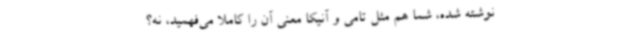
نوشته شده، شما هم مثل تامی و آنیکا معنی آن را کاملاً می‌فهمید، نه؟